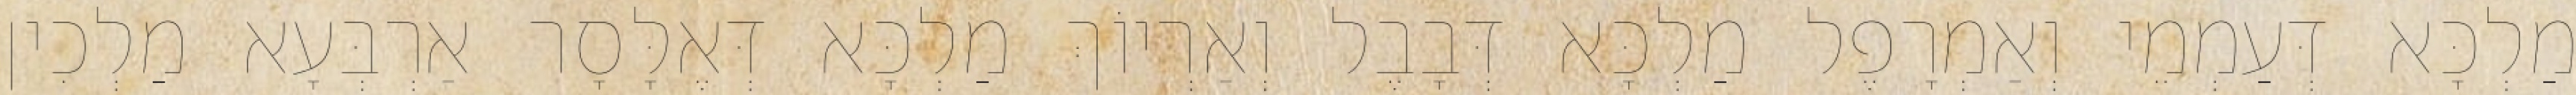
מַלְכָּא דְּעַמְמֵי וְאַמְרָפֶל מַלְכָּא דְּבָבֶל וְאַרְיוֹךְ מַלְכָּא דְּאֶלָּסָר אַרְבְּעָא מַלְכִין